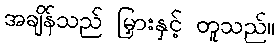
အချိန်သည် မြှားနှင့် တူသည်။